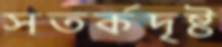
সতর্কদৃষ্ট